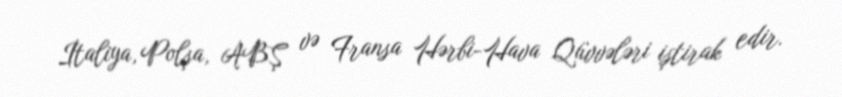
İtaliya, Polşa, ABŞ və Fransa Hərbi-Hava Qüvvələri iştirak edir.